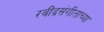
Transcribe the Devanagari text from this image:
रवींद्रसंगीताच्या